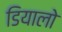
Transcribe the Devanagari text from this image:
डियालो